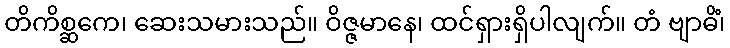
တိကိစ္ဆကေ၊ ဆေးသမားသည်။ ဝိဇ္ဇမာနေ၊ ထင်ရှားရှိပါလျက်။ တံ ဗျာဓိံ၊